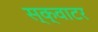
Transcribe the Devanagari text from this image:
स्क्वाटर